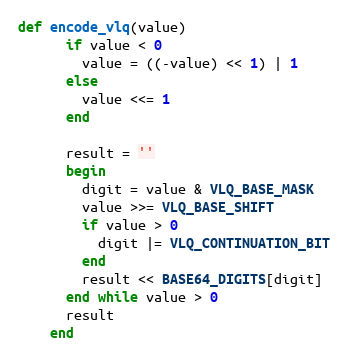
Language: Ruby
def encode_vlq(value)
      if value < 0
        value = ((-value) << 1) | 1
      else
        value <<= 1
      end

      result = ''
      begin
        digit = value & VLQ_BASE_MASK
        value >>= VLQ_BASE_SHIFT
        if value > 0
          digit |= VLQ_CONTINUATION_BIT
        end
        result << BASE64_DIGITS[digit]
      end while value > 0
      result
    end